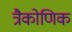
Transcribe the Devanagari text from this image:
त्रैकोणिक